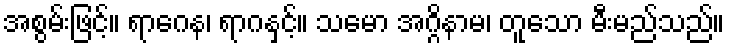
အစွမ်းဖြင့်။ ရာဂေန၊ ရာဂနှင့်။ သမော အဂ္ဂိနာမ၊ တူသော မီးမည်သည်။